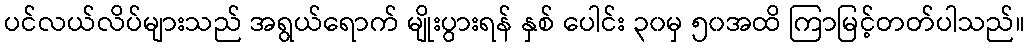
ပင်လယ်လိပ်များသည် အရွယ်ရောက် မျိုးပွားရန် နှစ် ပေါင်း ၃၀မှ ၅၀အထိ ကြာမြင့်တတ်ပါသည်။